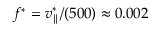
f ^ { \ast } = v _ { \parallel } ^ { \ast } / ( 5 0 0 ) \approx 0 . 0 0 2